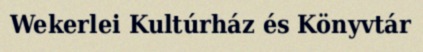
Wekerlei Kultúrház és Könyvtár